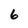
Character: 6